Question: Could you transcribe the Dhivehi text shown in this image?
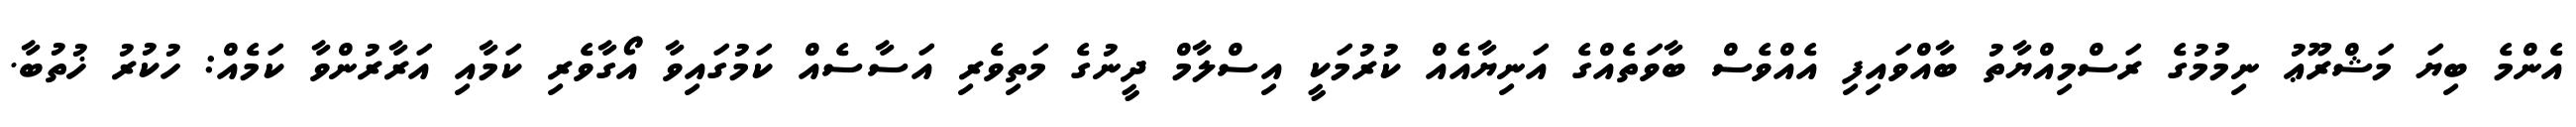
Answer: އެންމެ ބިޔަ މަޝްރޫޢު ނިމުމުގެ ރަސްމިއްޔާތު ބާއްވައިފި އެއްވެސް ބާވަތެއްގެ އަނިޔާއެއް ކުރުމަކީ އިސްލާމް ދީނުގެ މަތިވެރި އަސާސެއް ކަމުގައިވާ އޯގާވެރި ކަމާއި އަރާރުންވާ ކަމެއް: ހުކުރު ޚުތުބާ.